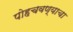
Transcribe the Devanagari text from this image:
पोहचवण्याचा